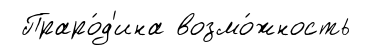
Праро́д'ина возмо́жность